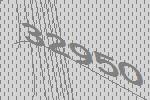
32950